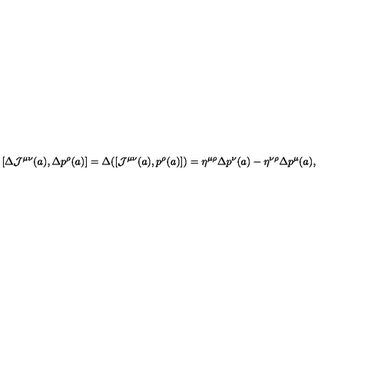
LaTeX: [ \Delta { \cal J } ^ { \mu \nu } ( a ) , \Delta p ^ { \rho } ( a ) ] = \Delta ( [ { \cal J } ^ { \mu \nu } ( a ) , p ^ { \rho } ( a ) ] ) = \eta ^ { \mu \rho } \Delta p ^ { \nu } ( a ) - \eta ^ { \nu \rho } \Delta p ^ { \mu } ( a ) ,